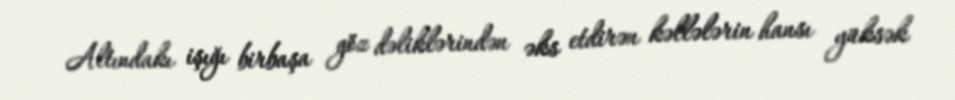
Altındakı işığı birbaşa göz dəliklərindən əks etdirən kəllələrin hansı yüksək